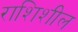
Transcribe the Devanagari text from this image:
राशिशील